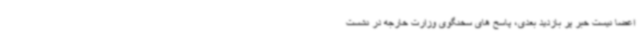
اعضا نیست خبر پر بازدید بعدی، پاسخ های سخنگوی وزارت خارجه در نشست